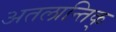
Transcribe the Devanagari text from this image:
अतलान्तिक्